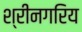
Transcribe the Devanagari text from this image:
श्रीनगरिय